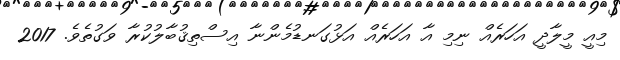
މިއީ މީލާދީ އަހަރެއް ނިމި އާ އަހަރެއް އަޅުގަނޑުމެންނާ އިސްތިޤުބާލުކުރާ ވަގުތެވެ. 2017